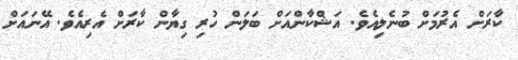
ކާރަށް އެރުމަށް ބުނެލިއެވެ. އަޝްކާންއަށް ބަލަން ހުރި ގިޔާން ކާރަށް އެރިއެވެ. އޭނައަށް